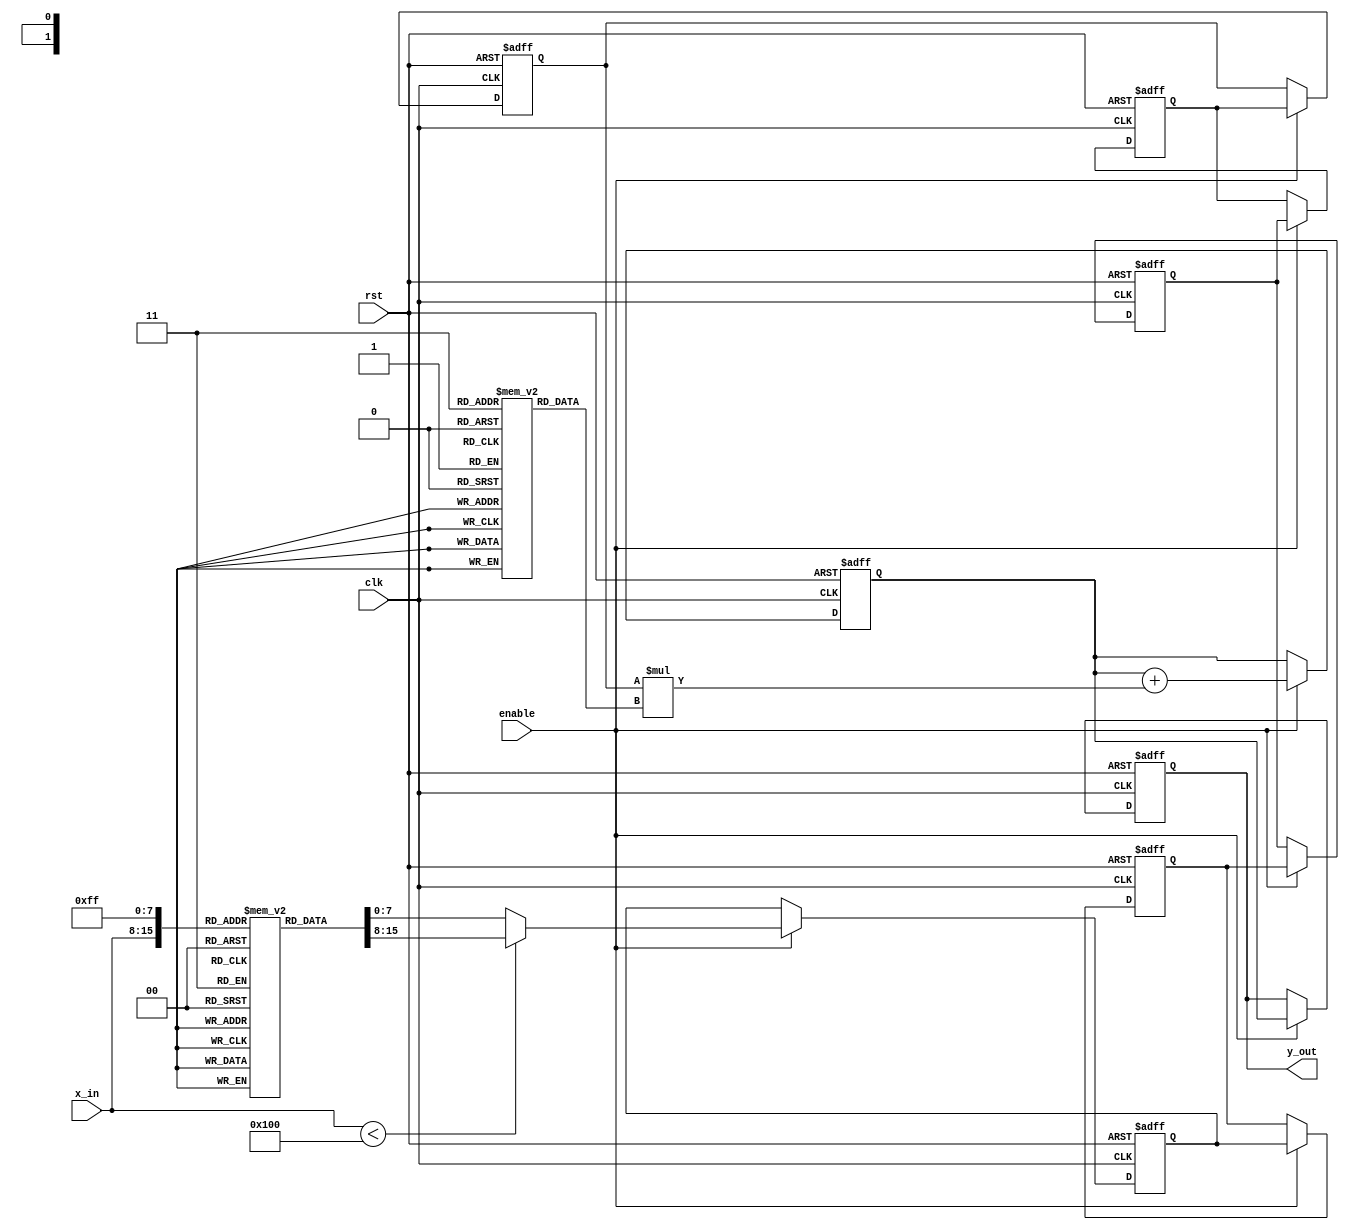
module LogarithmicFilter #(
    parameter N = 8,               // Bit-width of input signal
    parameter LUT_SIZE = 256,      // Size of the LUT for logarithmic transformation
    parameter COEFF_WIDTH = 8,     // Bit-width for filter coefficients
    parameter FILTER_ORDER = 4      // Order of the FIR filter
)(
    input  wire clk,               // Clock signal
    input  wire rst,               // Reset signal
    input  wire enable,            // Enable signal for the filter
    input  wire [N-1:0] x_in,      // Input signal
    output reg  [N-1:0] y_out      // Output signal
);

    // Logarithmic LUT
    reg [N-1:0] log_lut [0:LUT_SIZE-1];
    
    // FIR filter coefficients
    reg [COEFF_WIDTH-1:0] coeffs [0:FILTER_ORDER-1];
    
    // Internal signals
    reg [N-1:0] log_output;
    reg [N-1:0] filter_input;
    reg [N-1:0] filter_output;
    reg [N-1:0] filter_reg [0:FILTER_ORDER-1]; // Shift registers for FIR filter
    integer i;

    // Initialize LUT and filter coefficients
    initial begin
        // Populate the logarithmic LUT (example values)
        for (i = 0; i < LUT_SIZE; i = i + 1) begin
            log_lut[i] = $rtoi($ln(i) * (2**(N-1)) / $ln(LUT_SIZE)); // Logarithm approximation
        end
        
        // Example filter coefficients (simple low-pass filter)
        coeffs[0] = 8'h1; // Coefficient for x[n]
        coeffs[1] = 8'h2; // Coefficient for x[n-1]
        coeffs[2] = 8'h2; // Coefficient for x[n-2]
        coeffs[3] = 8'h1; // Coefficient for x[n-3]
    end

    // Logarithmic transformation using LUT
    always @(posedge clk or posedge rst) begin
        if (rst) begin
            log_output <= 0;
        end else if (enable) begin
            if (x_in < LUT_SIZE) begin
                log_output <= log_lut[x_in]; // Apply LUT
            end else begin
                log_output <= log_lut[LUT_SIZE-1]; // Saturate at max LUT value
            end
        end
    end

    // FIR filter implementation
    always @(posedge clk or posedge rst) begin
        if (rst) begin
            for (i = 0; i < FILTER_ORDER; i = i + 1) begin
                filter_reg[i] <= 0;
            end
            filter_output <= 0;
        end else if (enable) begin
            // Shift register for FIR filter
            filter_reg[0] <= log_output;
            for (i = 1; i < FILTER_ORDER; i = i + 1) begin
                filter_reg[i] <= filter_reg[i-1];
            end
            
            // Calculate filter output
            filter_output <= 0;
            for (i = 0; i < FILTER_ORDER; i = i + 1) begin
                filter_output <= filter_output + (filter_reg[i] * coeffs[i]);
            end
        end
    end

    // Output assignment
    always @(posedge clk or posedge rst) begin
        if (rst) begin
            y_out <= 0;
        end else if (enable) begin
            y_out <= filter_output; // Output the filtered signal
        end
    end

endmodule